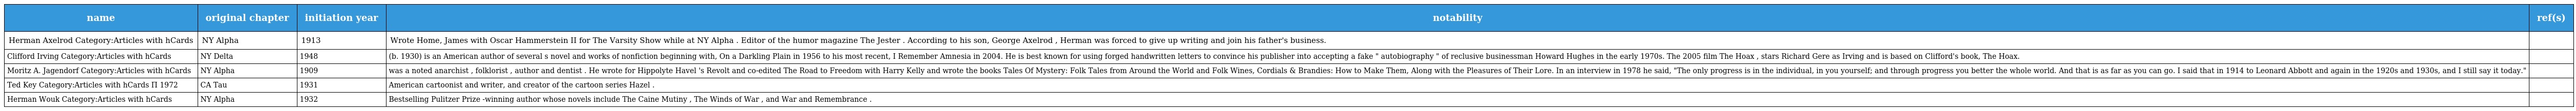
| name | original chapter | initiation year | notability | ref(s) |
 | --- | --- | --- | --- | --- |
 | Herman Axelrod Category:Articles with hCards | NY Alpha | 1913 | Wrote Home, James with Oscar Hammerstein II for The Varsity Show while at NY Alpha . Editor of the humor magazine The Jester . According to his son, George Axelrod , Herman was forced to give up writing and join his father's business. |  |
 | Clifford Irving Category:Articles with hCards | NY Delta | 1948 | (b. 1930) is an American author of several s novel and works of nonfiction beginning with, On a Darkling Plain in 1956 to his most recent, I Remember Amnesia in 2004. He is best known for using forged handwritten letters to convince his publisher into accepting a fake " autobiography " of reclusive businessman Howard Hughes in the early 1970s. The 2005 film The Hoax , stars Richard Gere as Irving and is based on Clifford's book, The Hoax. |  |
 | Moritz A. Jagendorf Category:Articles with hCards | NY Alpha | 1909 | was a noted anarchist , folklorist , author and dentist . He wrote for Hippolyte Havel 's Revolt and co-edited The Road to Freedom with Harry Kelly and wrote the books Tales Of Mystery: Folk Tales from Around the World and Folk Wines, Cordials & Brandies: How to Make Them, Along with the Pleasures of Their Lore. In an interview in 1978 he said, "The only progress is in the individual, in you yourself; and through progress you better the whole world. And that is as far as you can go. I said that in 1914 to Leonard Abbott and again in the 1920s and 1930s, and I still say it today." |  |
 | Ted Key Category:Articles with hCards Π 1972 | CA Tau | 1931 | American cartoonist and writer, and creator of the cartoon series Hazel . |  |
 | Herman Wouk Category:Articles with hCards | NY Alpha | 1932 | Bestselling Pulitzer Prize -winning author whose novels include The Caine Mutiny , The Winds of War , and War and Remembrance . |  |